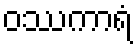
ဝဿကာရံ